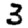
Digit: 3